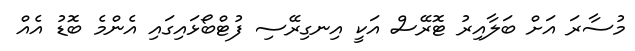
މުސާރަ އަށް ބަލާއިރު ޓޮރޭސް އަކީ އިނގިރޭސި ފުޓްބޯޅައިގައި އެންމެ ބޮޑު އެއް